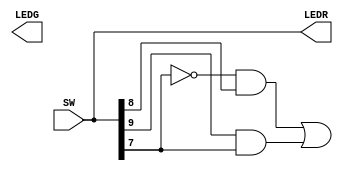

//There are two main ways to solve this problem --> Circuit determines if input is a prime number
//Boolean equation for circuit is: p = (~cb)+(ca)

//a = SW[9]
//b = SW[8]
//c = SW[7]
//p = LEDG[7]

//1 : Using gate implementation
module PrimeNumber(
  input [9:0] SW, // toggle switches
  output [9:0] LEDR, // red LEDs
  output [7:0] LEDG  // green LEDs
);

  assign LEDR = SW;
  
  wire w1, w2, w3;
  not(w1, SW[7]);
  and(w2, w1, SW[8]);
  and(w3, SW[9], SW[7]); // Use SW[9] directly instead of assigning it to 'a'
  or(LEDG[7], w2, w3);
  
endmodule

//2 : Using boolean implementation
/*
module PrimeNumber(
  input [9:0] SW, // toggle switches
  output [9:0] LEDR, // red LEDs
  output [7:0] LEDG  // green LEDs
);

  assign LEDR = SW;
  
  assing LEDG[7] = (SW[7] & SW[9]) | (~SW[7] & SW[8]);
  
endmodule
*/